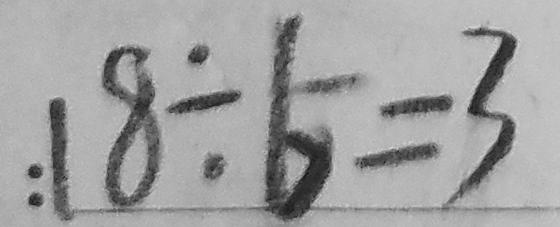
: 1 8 \div 6 = 3